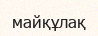
майқұлақ